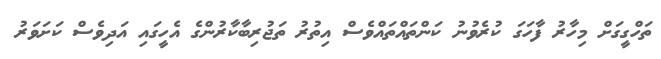
ތަހްގީގަށް މިހާރު ފާހަގަ ކުރެވުނު ކަންތައްތައްވެސް އިތުރު ތަޖުރިބާކާރުންގެ އެހީގައި އަދިވެސް ކަށަވަރު